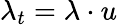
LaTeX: \lambda_{t}=\lambda\cdot u